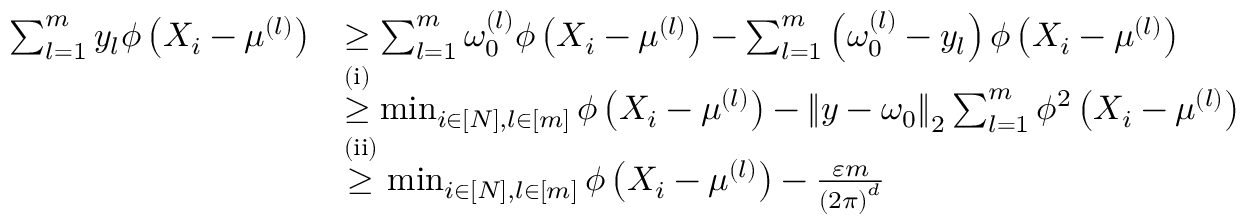
\begin{array} { r l } { \sum _ { l = 1 } ^ { m } y _ { l } \phi \left( X _ { i } - \mu ^ { ( l ) } \right) } & { \geq \sum _ { l = 1 } ^ { m } \omega _ { 0 } ^ { ( l ) } \phi \left( X _ { i } - \mu ^ { ( l ) } \right) - \sum _ { l = 1 } ^ { m } \left( \omega _ { 0 } ^ { ( l ) } - y _ { l } \right) \phi \left( X _ { i } - \mu ^ { ( l ) } \right) } \\ & { \overset { \mathrm { ( i ) } } { \geq } \operatorname* { m i n } _ { i \in [ N ] , l \in [ m ] } \phi \left( X _ { i } - \mu ^ { ( l ) } \right) - \left\Vert y - \omega _ { 0 } \right\Vert _ { 2 } \sum _ { l = 1 } ^ { m } \phi ^ { 2 } \left( X _ { i } - \mu ^ { ( l ) } \right) } \\ & { \overset { \mathrm { ( i i ) } } { \geq } \operatorname* { m i n } _ { i \in [ N ] , l \in [ m ] } \phi \left( X _ { i } - \mu ^ { ( l ) } \right) - \frac { \varepsilon m } { \left( 2 \pi \right) ^ { d } } } \end{array}